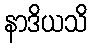
နာဒိယသိ